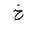
Letter: _kha